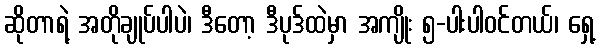
ဆိုတာရဲ့ အတိုချုပ်ပါပဲ၊ ဒီတော့ ဒီပုဒ်ထဲမှာ အကျိုး ၅-ပါးပါဝင်တယ်၊ ရှေ့